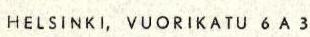
HELSINKI, VUORIKATU 6 A 3